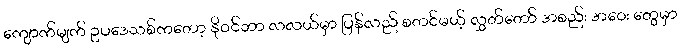
ကျောက်မျက် ဥပဒေသစ်ကတော့ နိုဝင်ဘာ လလယ်မှာ ပြန်လည် စတင်မယ့် လွှတ်တော် အစည်း အဝေး တွေမှာ